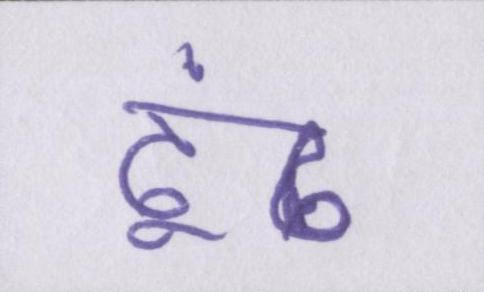
ढूंढ